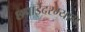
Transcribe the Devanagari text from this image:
छपाईदरम्यान